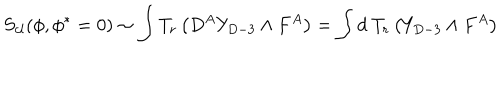
LaTeX: S _ { c l } ( \phi , \phi ^ { * } = 0 ) \sim \int T _ { r } \left( D ^ { A } Y _ { D - 3 } \wedge F ^ { A } \right) = \int d \ T _ { r } \left( Y _ { D - 3 } \wedge F ^ { A } \right)